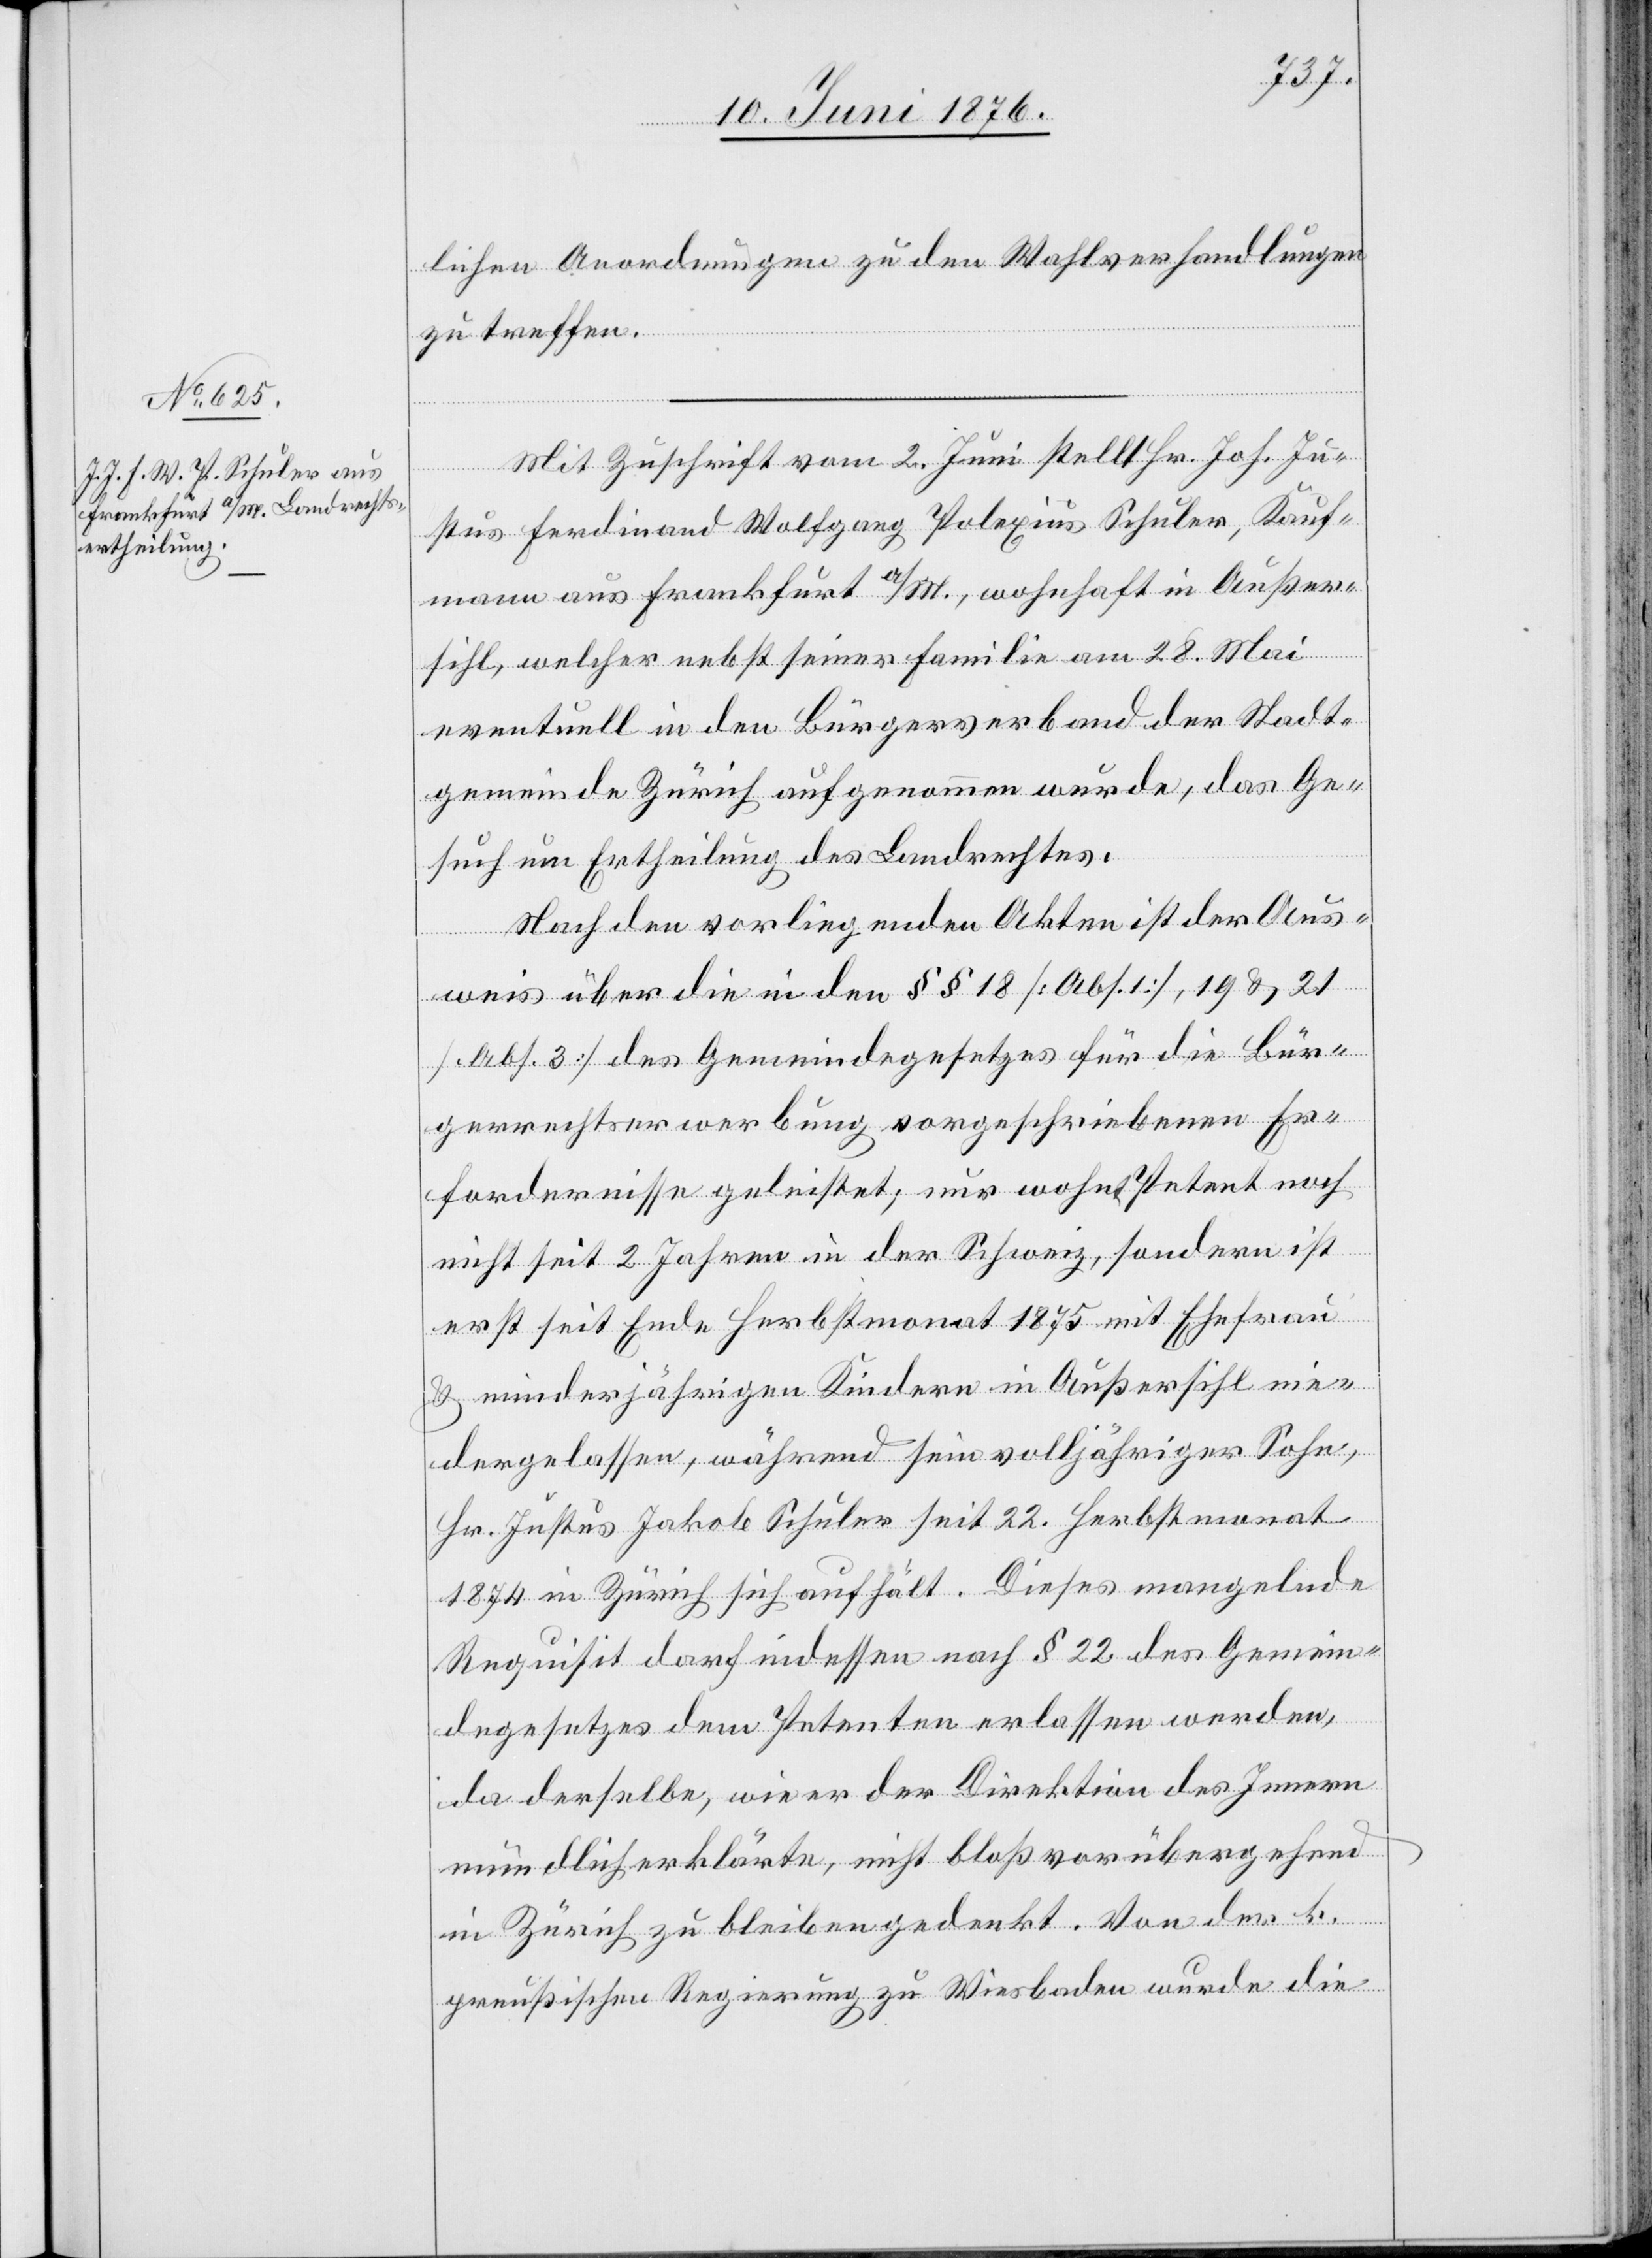
lichen Anordnungen zu den Wahlverhandlungen
zu treffen.